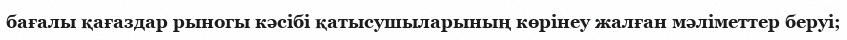
бағалы қағаздар рыногы кәсібі қатысушыларының көрінеу жалған мәліметтер беруі;